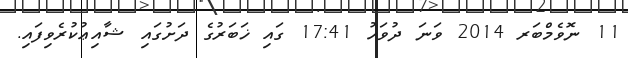
11 ނޮވެމްބަރ 2014 ވަނަ ދުވަހު 17:41 ގައި ޚަބަރުގެ ދަށުގައި ޝާއިޢުކުރެވިފައި.